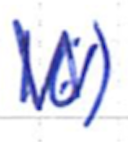
Text: 16)
Cross-out: zig-zag
Writing tool: ballpoint